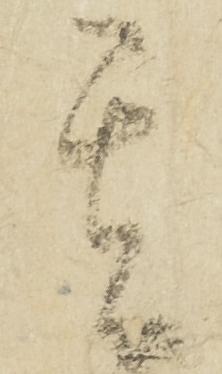
其